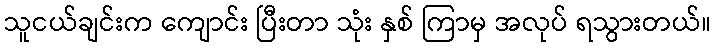
သူငယ်ချင်းက ကျောင်း ပြီးတာ သုံး နှစ် ကြာမှ အလုပ် ရသွားတယ်။